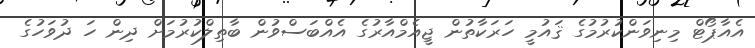
އެއާޕޯޓް މިނިވަންކުރުމުގެ ޤައުމީ ހަރަކާތުން ޖީއެމްއާރުގެ އެއްބަސްވުން ބާތިލްކުރުމަށް ދިން ހަ ދުވަހުގެ